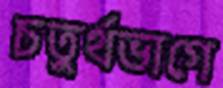
চতুর্থভাগে